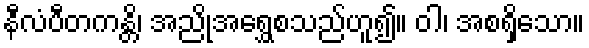
နီလံပီတကန္တိ၊ အညိုအရွှေစသည်ဟူ၍။ ဝါ၊ အစရှိသော။